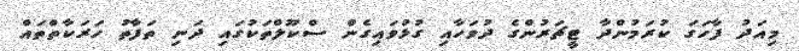
މިއަދު ފާހަގަ ކުރަމުންދާ ޓީޗަރުންގެ ދުވަހާއި ގުޅުވައިގެން ސްކޫލްތަކުގައި ދަނި ތަފާތު ހަރަކާތްތައް